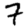
Digit: 7